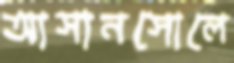
আসানসোলে